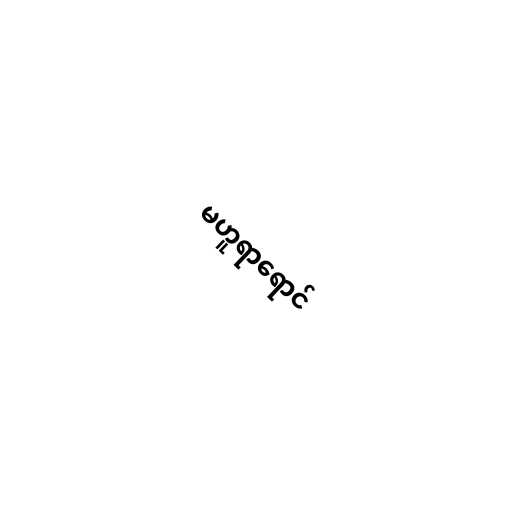
မဟူရာရောင်